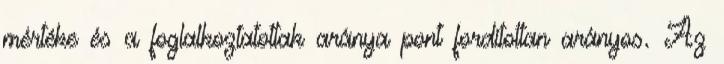
mértéke és a foglalkoztatottak aránya pont fordítottan arányos. Az